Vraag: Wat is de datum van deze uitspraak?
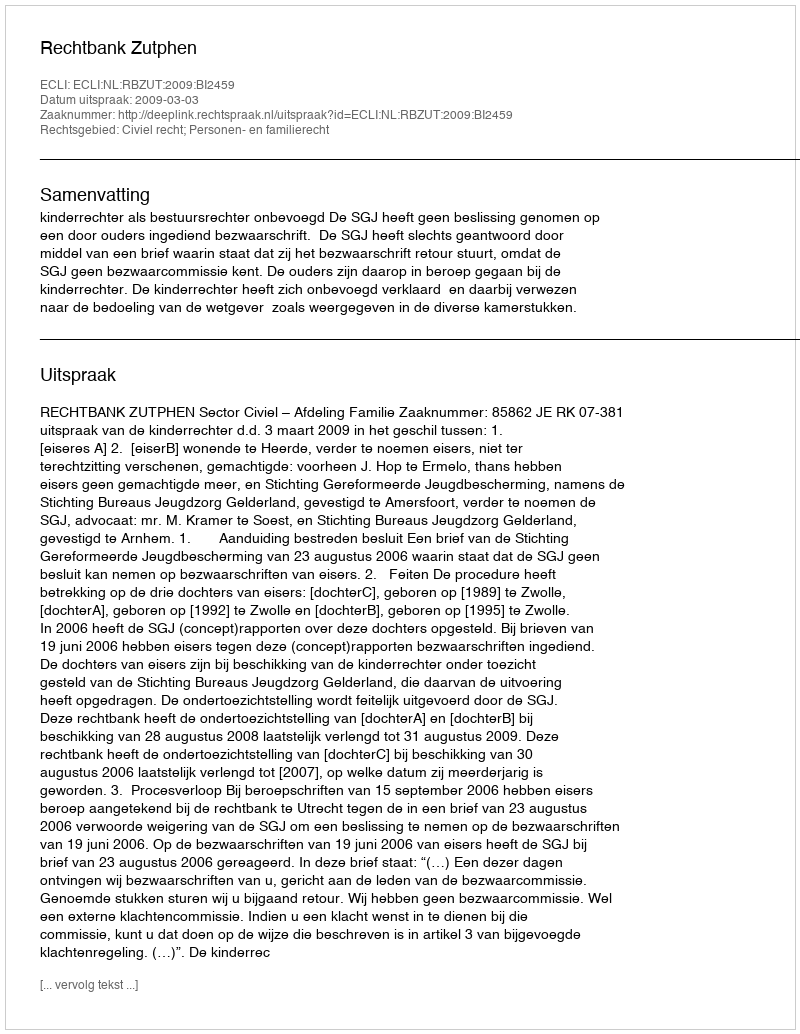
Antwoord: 2009-03-03